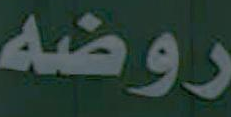
روضه